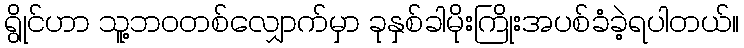
ရွိုင်ဟာ သူ့ဘဝတစ်လျှောက်မှာ ခုနှစ်ခါမိုးကြိုးအပစ်ခံခဲ့ရပါတယ်။